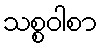
သစ္စဝါစာ